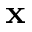
\mathbf { x }